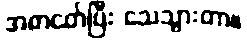
အစာငတ်ပြီး သေသွားတာ။